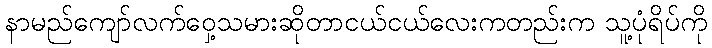
နာမည်ကျော်လက်ဝှေ့သမားဆိုတာငယ်ငယ်လေးကတည်းက သူ့ပုံရိပ်ကို